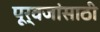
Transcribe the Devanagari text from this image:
पूर्वजांसाठी